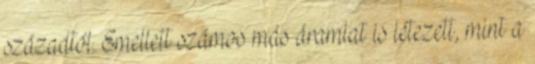
századtól. Emellett számos más áramlat is létezett, mint a